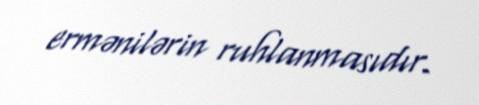
ermənilərin ruhlanmasıdır.